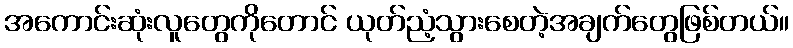
အကောင်းဆုံးလူတွေကိုတောင် ယုတ်ညံ့သွားစေတဲ့အချက်တွေဖြစ်တယ်။